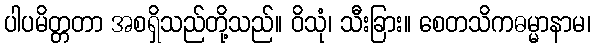
ပါပမိတ္တတာ အစရှိသည်တို့သည်။ ဝိသုံ၊ သီးခြား။ စေတသိကဓမ္မာနာမ၊